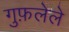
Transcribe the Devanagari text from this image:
गुफ़लेले